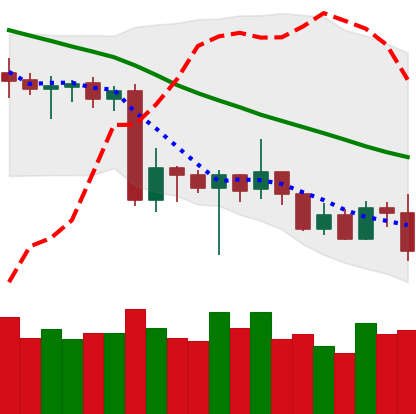
Ticker: XRP-USD
Chart end date: 2020-06-24
Forward return: -3.426%
Label: down_3_5